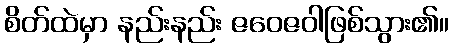
စိတ်ထဲမှာ နည်းနည်း ဇဝေဇဝါဖြစ်သွား၏။